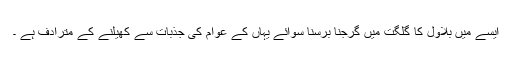
ایسے میں بلاول کا گلگت میں گرجنا برسنا سوائے یہاں کے عوام کی جذبات سے کھیلنے کے مترادف ہے ۔